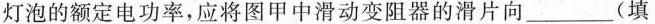
灯泡的额定电功率，应将图甲中滑动变阻器的滑片向___(填